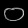
Digit: ၀